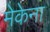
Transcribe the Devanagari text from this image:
मेकेना